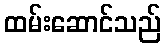
ထမ်းဆောင်သည်